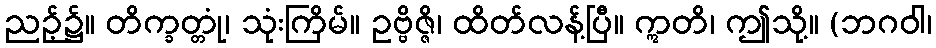
ညဉ့်၌။ တိက္ခတ္တုံ၊ သုံးကြိမ်။ ဥဗ္ဗိဇ္ဇိ၊ ထိတ်လန့်ပြီ။ ဣတိ၊ ဤသို့။ (ဘဂဝါ၊